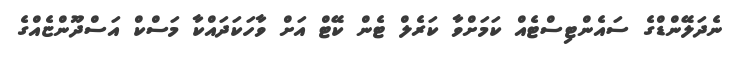
ނެދަލޭންޑްގެ ސައެންޓިސްޓެއް ކަމަށްވާ ކަރެލް ޓެން ކޭޓް އަށް ވާހަކަދައްކާ މަސްކް އަސްދޫންޏެއްގެ